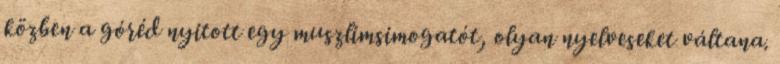
közben a góréd nyitott egy muszlimsimogatót, olyan nyelveseket váltana.